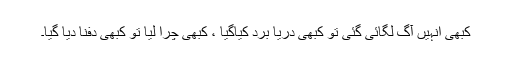
کبھی انہیں آگ لگائی گئی تو کبھی دریا برد کیاگیا ، کبھی چرا لیا تو کبھی دفنا دیا گیا۔